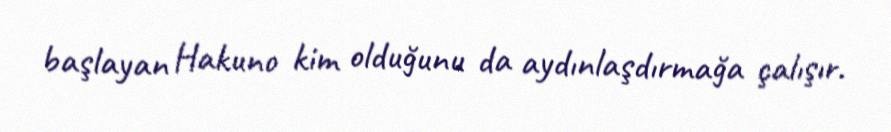
başlayan Hakuno kim olduğunu da aydınlaşdırmağa çalışır.